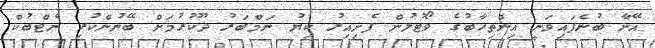
އޭނާ ބުނެފައިވަނީ އިންތިހާބުގެ ވޯޓުލުން ފެށިއިރު ކިޔު ނަމްބަރު ދޫކުރުމަށް ބޭނުންކުރި ނެޓްބުކް